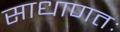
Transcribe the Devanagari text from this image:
साधाणतः